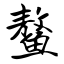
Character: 鳌